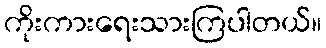
ကိုးကားရေးသားကြပါတယ်။